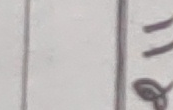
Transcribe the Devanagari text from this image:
हे